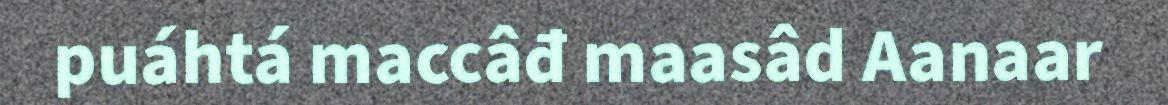
puáhtá maccâđ maasâd Aanaar